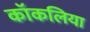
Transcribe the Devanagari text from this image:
कॉकलिया